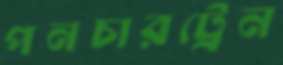
পনচারট্রেন